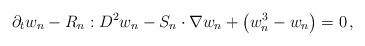
LaTeX: \begin{align*}\partial_{t}w_{n}-R_{n}:D^{2}w_{n}-S_{n}\cdot\nabla w_{n}+\left(w_{n}^{3}-w_{n}\right)=0\,,\end{align*}